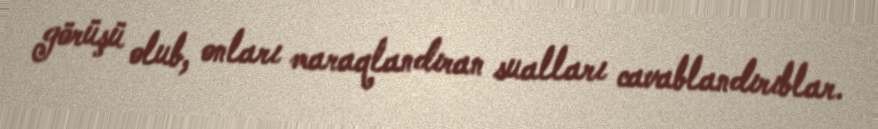
görüşü olub, onları maraqlandıran sualları cavablandırıblar.